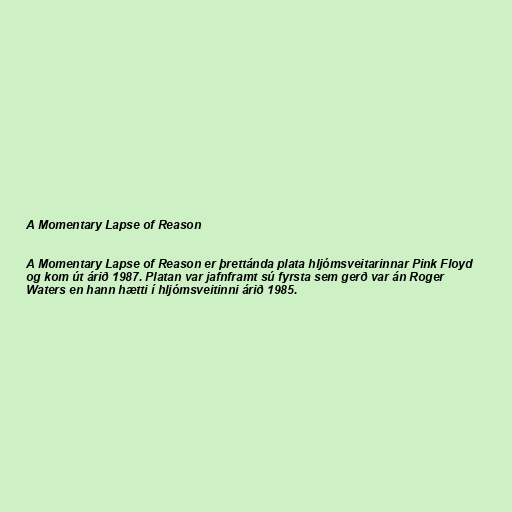
A Momentary Lapse of Reason

A Momentary Lapse of Reason er þrettánda plata hljómsveitarinnar Pink Floyd
og kom út árið 1987. Platan var jafnframt sú fyrsta sem gerð var án Roger
Waters en hann hætti í hljómsveitinni árið 1985.